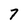
Character: 7